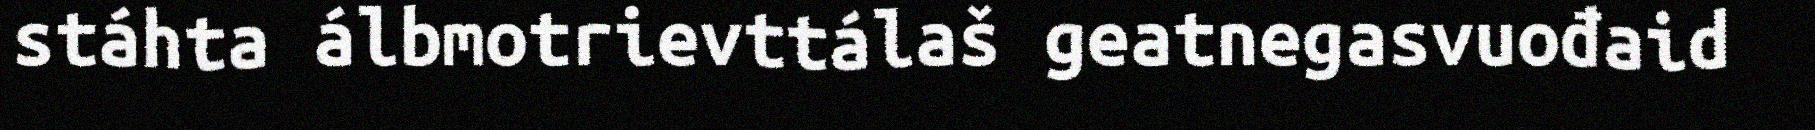
stáhta álbmotrievttálaš geatnegasvuođaid